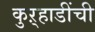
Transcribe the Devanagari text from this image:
कुऱ्हाडींची